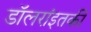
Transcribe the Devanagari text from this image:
डॉलरांइतकी